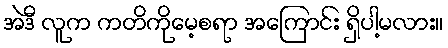
အဲဒီ လူက ကတိကိုမေ့စရာ အကြောင်း ရှိပါ့မလား။